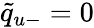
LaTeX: \tilde{q}_{u-}=0